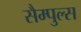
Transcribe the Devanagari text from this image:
सैम्पुल्स